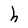
Character: h